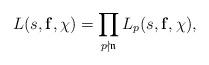
LaTeX: \begin{align*}L(s,\mathbf{f},\chi)=\prod_{p\nmid\mathfrak{n}}L_p(s,\mathbf{f},\chi),\end{align*}